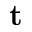
\mathbf { t }